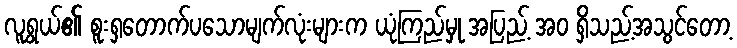
လူရွယ်၏ စူးရှတောက်ပသောမျက်လုံးများက ယုံကြည်မှု အပြည့် အဝ ရှိသည့်အသွင်တော့